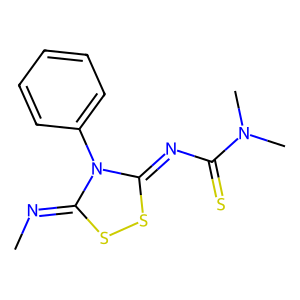
SMILES: CN=c1ssc(=NC(=S)N(C)C)n1-c1ccccc1
Inhibits HIV replication: No